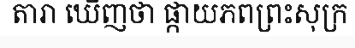
តារា ឃើញថា ផ្កាយភពព្រះសុក្រ